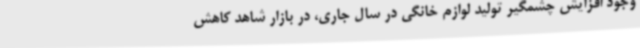
وجود افزایش چشمگیر تولید لوازم خانگی در سال جاری، در بازار شاهد کاهش